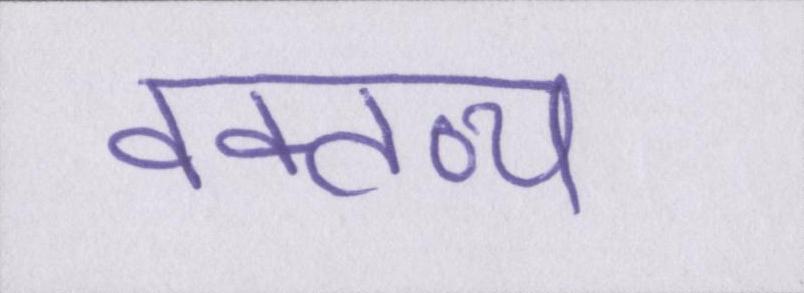
वक्तव्य